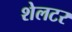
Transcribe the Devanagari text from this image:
शेलटर